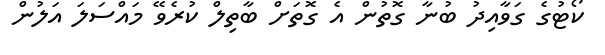
ކޯޓުގެ ގަވާއިދު ބުނާ ގޮތުން އެ ގޮތަށް ބާތިލް ކުރެވޭ މައްސަލަ އަލުން